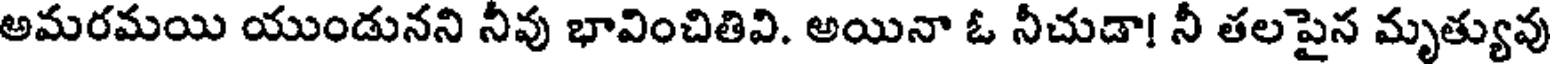
అమరమయి యుండునని నీవు భావించితివి. అయినా ఓ నీచుడా! నీ తలపైన మృత్యువు